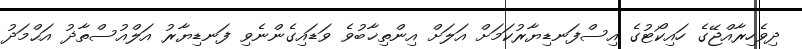
ދިވެހިރާއްޖޭގެ ހައިކޯޓުގެ އިސްފަނޑިޔާރުކަމަށް އަލަށް އިންތިޚާބުވެ ވަޑައިގެންނެވި ފަނޑިޔާރު އަލްއުސްތާޛު އަޙްމަދު